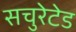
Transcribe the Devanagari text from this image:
सचुरेटेड